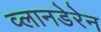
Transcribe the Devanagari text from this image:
व्लानडेरेन